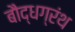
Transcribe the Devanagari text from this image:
बौद्धग्रंथ